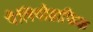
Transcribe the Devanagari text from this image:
पैलियोग्राफिक